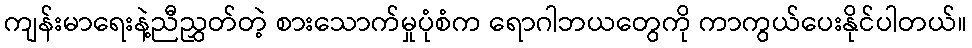
ကျန်းမာရေးနဲ့ညီညွှတ်တဲ့ စားသောက်မှုပုံစံက ရောဂါဘယတွေကို ကာကွယ်ပေးနိုင်ပါတယ်။